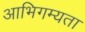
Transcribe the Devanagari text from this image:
आभिगम्यता